Problem: 15 + 21 = ?
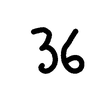
Handwritten answer: 36